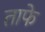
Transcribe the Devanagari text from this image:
ताफे